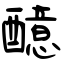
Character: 醷